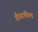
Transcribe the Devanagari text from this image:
डीयरफील्ड